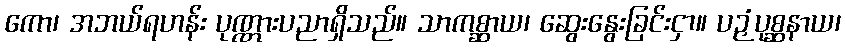
ကော၊ အဘယ်ရဟန်း ပုဏ္ဏားပညာရှိသည်။ သာကစ္ဆာယ၊ ဆွေးနွေးခြင်းငှာ။ ပဉှံပုစ္ဆနာယ၊